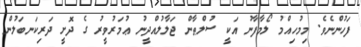
ފަހުންނެވެ. މިމުހިއްމު ލޯމާފާނު އަކީ ސުލްޠާން ޖަލާލުއްދީނު ޢުމަރުވީރު ގެ ދޮށީ ދަރިކަނބަލުން